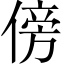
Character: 傍